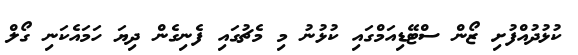
ކުޅުދުއްފުށި ޒޯން ސްޓޭޑިއަމްގައި ކުޅުނު މި މެޗުގައި ފެނިގެން ދިޔަ ހަމައެކަނި ގޯލް